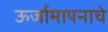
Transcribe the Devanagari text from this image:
ऊर्जामापनाचे